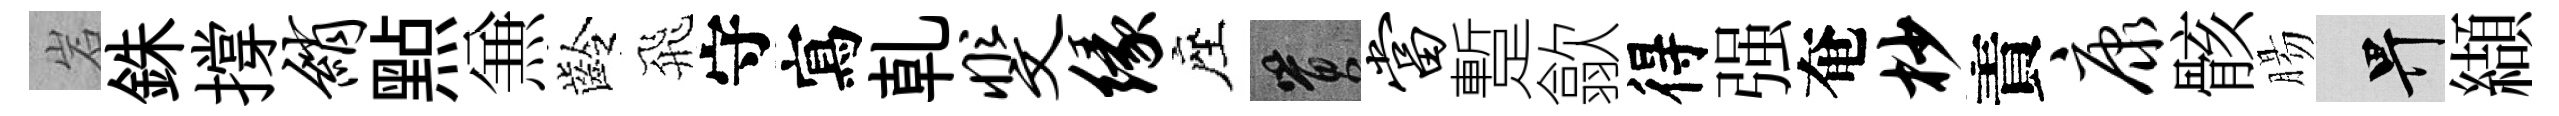
岩銖撐绡㸃𠔥齡飛守寫乹斐缘座篔当蹔歙得强奄杪責康骸腸畀纈